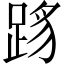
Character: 𬦳